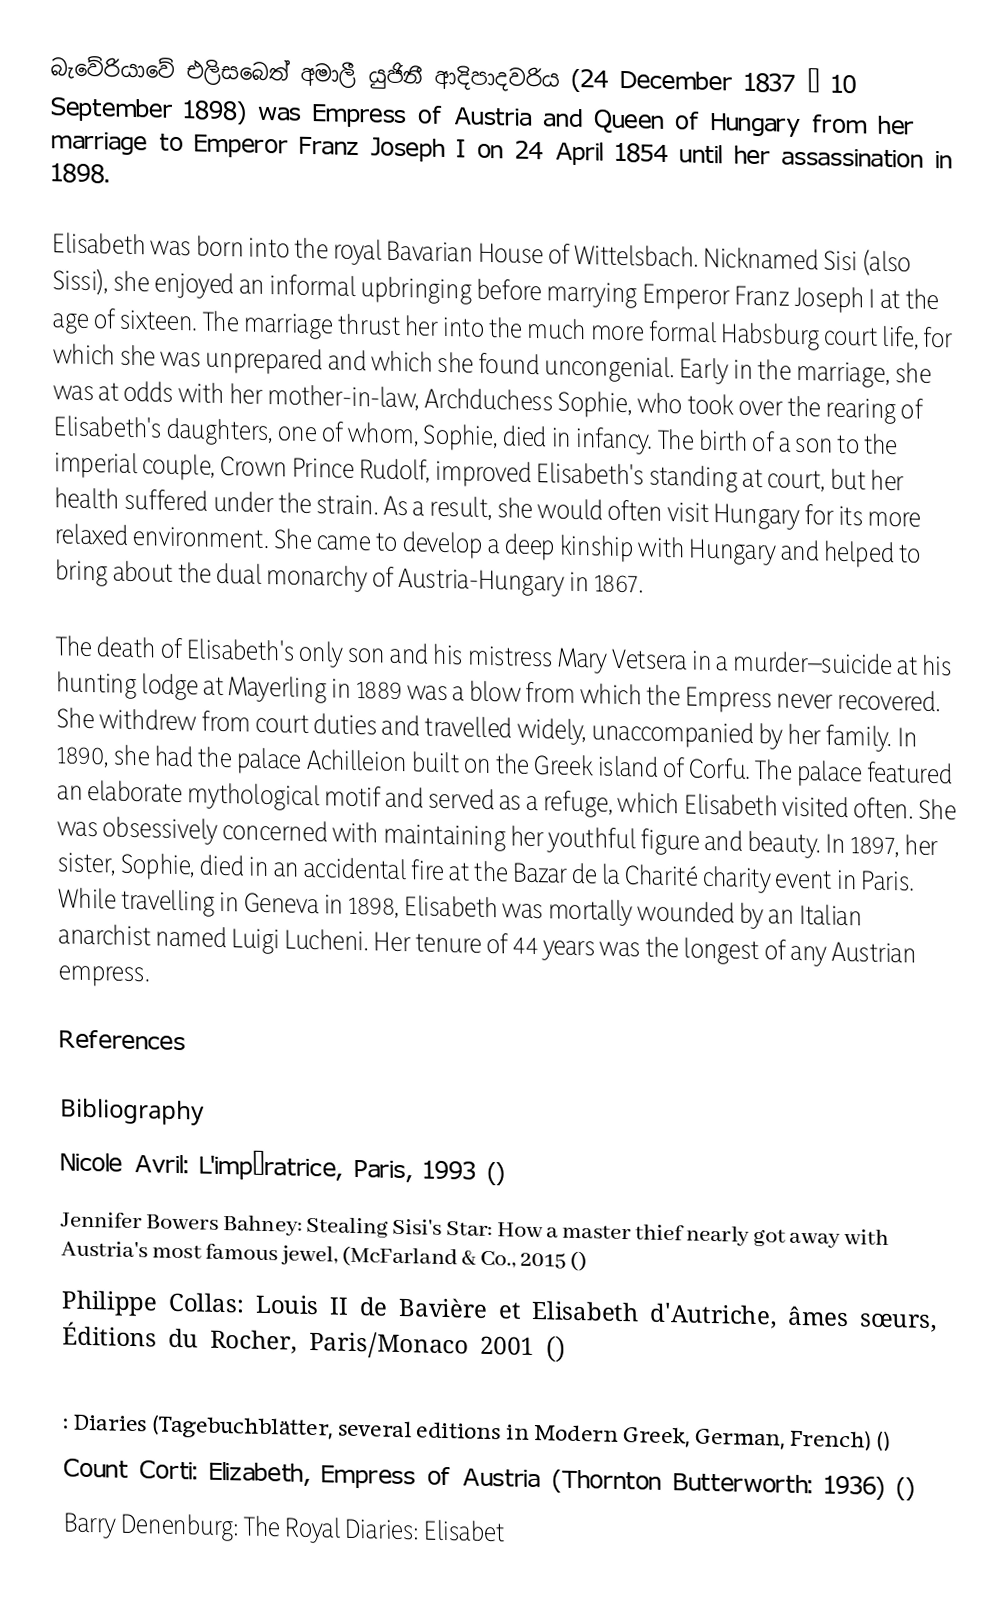
බැවේරියාවේ එලිසබෙත් අමාලී යුජිනී ආදිපාදවරිය  (24 December 1837 – 10 September 1898) was Empress of Austria and Queen of Hungary from her marriage to Emperor Franz Joseph I on 24 April 1854 until her assassination in 1898.

Elisabeth was born into the royal Bavarian House of Wittelsbach. Nicknamed Sisi (also Sissi), she enjoyed an informal upbringing before marrying Emperor Franz Joseph I at the age of sixteen. The marriage thrust her into the much more formal Habsburg court life, for which she was unprepared and which she found uncongenial. Early in the marriage, she was at odds with her mother-in-law, Archduchess Sophie, who took over the rearing of Elisabeth's daughters, one of whom, Sophie, died in infancy. The birth of a son to the imperial couple, Crown Prince Rudolf, improved Elisabeth's standing at court, but her health suffered under the strain.  As a result, she would often visit Hungary for its more relaxed environment. She came to develop a deep kinship with Hungary and helped to bring about the dual monarchy of Austria-Hungary in 1867.

The death of Elisabeth's only son and his mistress Mary Vetsera in a murder–suicide at his hunting lodge at Mayerling in 1889 was a blow from which the Empress never recovered. She withdrew from court duties and travelled widely, unaccompanied by her family. In 1890, she had the palace Achilleion built on the Greek island of Corfu. The palace featured an elaborate mythological motif and served as a refuge, which Elisabeth visited often. She was obsessively concerned with maintaining her youthful figure and beauty. In 1897, her sister, Sophie, died in an accidental fire at the Bazar de la Charité charity event in Paris. While travelling in Geneva in 1898, Elisabeth was mortally wounded by an Italian anarchist named Luigi Lucheni. Her tenure of 44 years was the longest of any Austrian empress.

References

Bibliography
 Nicole Avril: L'impératrice, Paris, 1993 ()
 Jennifer Bowers Bahney: Stealing Sisi's Star: How a master thief nearly got away with Austria's most famous jewel, (McFarland & Co., 2015 ()
Philippe Collas: Louis II de Bavière et Elisabeth d'Autriche, âmes sœurs, Éditions du Rocher, Paris/Monaco 2001 ()

 : Diaries (Tagebuchblätter, several editions in Modern Greek, German, French) ()
 Count Corti: Elizabeth, Empress of Austria (Thornton Butterworth: 1936) ()
 Barry Denenburg: The Royal Diaries: Elisabet